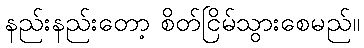
နည်းနည်းတော့ စိတ်ငြိမ်သွားစေမည်။